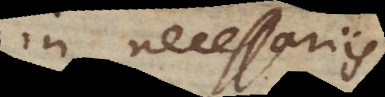
in necessariis